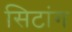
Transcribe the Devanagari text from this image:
सिटांग